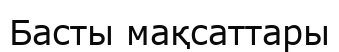
Басты мақсаттары